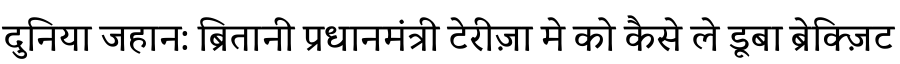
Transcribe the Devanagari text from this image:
दुनिया जहान: ब्रितानी प्रधानमंत्री टेरीज़ा मे को कैसे ले डूबा ब्रेक्ज़िट